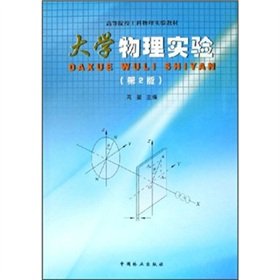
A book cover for College of Engineering physics experimental teaching materials: College Physics Experiment (2)(Chinese Edition); ZHOU MAN; Science & Math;